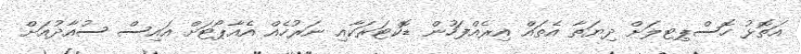
އަތޮޅު ހޮސްޕިޓލަށް ދިޔަތާ އެތައް އިރެއްފަހުން ޑޮކްޓަރަކާއި ނަރުހެއް އެއާޕޯޓަށް އައިސް ސުއާދުއަށް